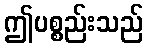
ဤပစ္စည်းသည်